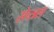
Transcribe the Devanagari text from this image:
सेन्त्रल